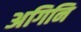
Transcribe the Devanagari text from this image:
अगिनि